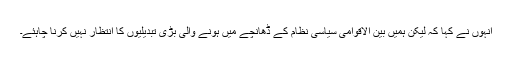
انہوں نے کہا کہ لیکن ہمیں بین الاقوامی سیاسی نظام کے ڈھانچے میں ہونے والی بڑی تبدیلیوں کا انتظار نہیں کرنا چاہئے۔